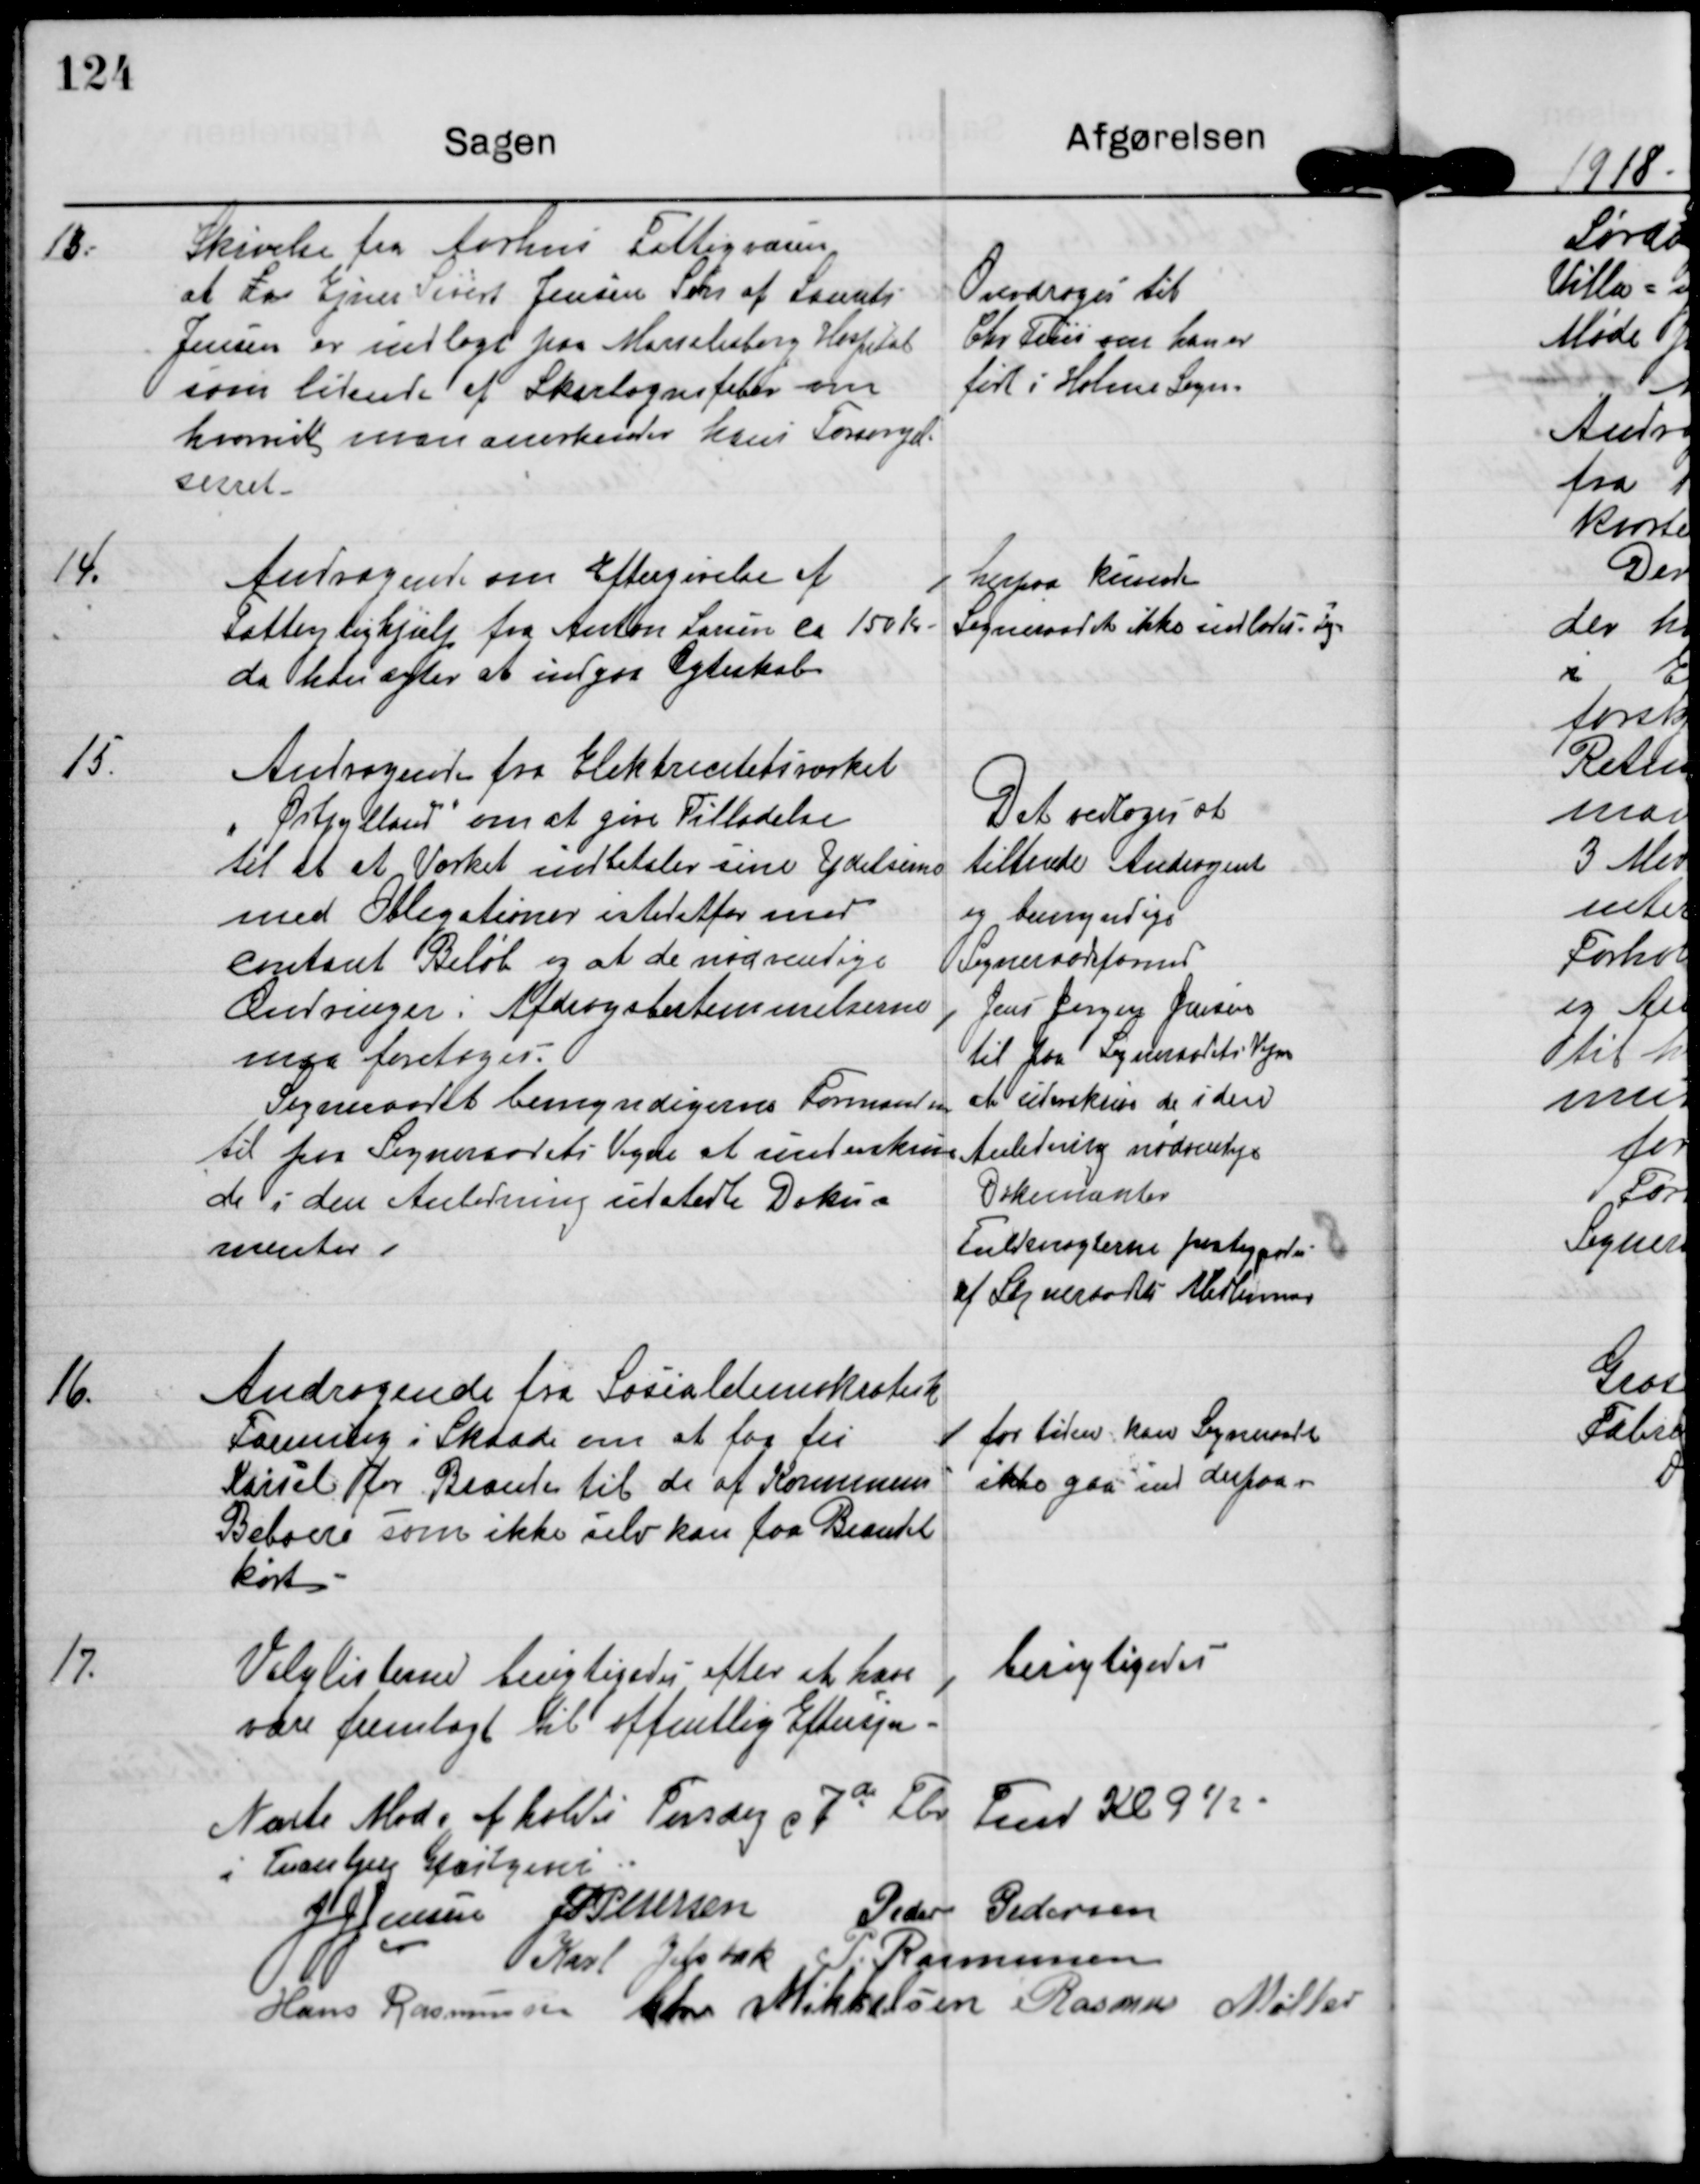
Transskription:
13

Skrivelse fra Aarhus Fattigvæsen
at L Ejner Sivert Jensen Søn af Laurits
Jensen er indlagt paa Marselisborg Hospital
som lidende af Skarlagensfeber om
hvorvidt man anerkender hans Forsørgel-
sesret.

Overdrages til
Chr Friis om han er
født i Holme Sogn.

14.

Andragende om Eftergivelse af
Fattigtighjælp fra Anton Larsen ca 150 Kr
da han agter at indgaa Ægteskab

herpaa kunde
Sogneraadet ikke indlade sig

15

Andragende fra Elektricitetsværket
"Østjylland" om at give Tilladelse
til at at Værket indbetaler sine Ydelserne
med Obligationer istedfor med
contant Beløb og at de nødvendige
Ændringer i Afdragsbestemmelserne
maa foretages.
Sogneraadet bemyndigeres Formanden
til paa Sogneraadets Vegne at underskrive
de i den Anledning udstedte Doku-
menter.

Det vedtoges at
tiltræde Andragende
og bemyndige
Sogneraadsformd.
Jens Jørgen Jensen
til paa Sogneraadets Vegne
at underskrive de i den
Anledning nødvendige
Dokumenter
Fuldmagterne paategnedes
af Sogneraadets Medlemmer

16.

Andragende fra Sosialdemokratiets
Forening i Skaade om at faa fri
Kørsel for Brænde til de af Kommunens
Beboere som ikke selv kan faa Brændsel
kørt.

for tiden kan Sogneraadet
ikke gaa ind derpaa

17.

Valglisterne berigtigedes efter at have
været fremlagt til offentlig Eftersyn.

berigtigedes

Næste Møde afholdes Torsdag d 7de Febr Kl 9 1/2.
i Tranbjerg Gjæstgiveri

J J Jensen

J P Petersen

Peder Pedersen

Karl Jelsbak

P. Rasmussen

Hans Rasmussen

Chr Mikkelsen

Rasmus Møller